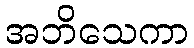
အဘိသေကာ